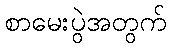
စာမေးပွဲအတွက်